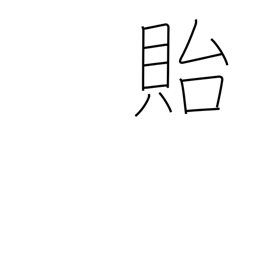
Meaning: leave behind